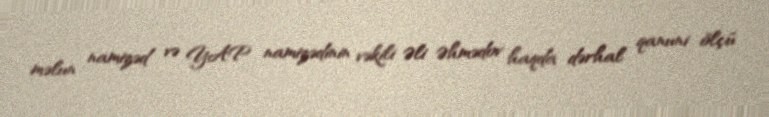
məlun namizəd və YAP namizədinin vəkili Əli Əhmədov haqda dərhal qanuni ölçü